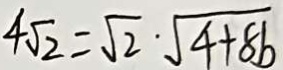
4 \sqrt { 2 } = \sqrt { 2 } \cdot \sqrt { 4 + 8 b }